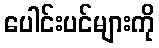
ပေါင်းပင်များကို